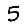
Digit: 5